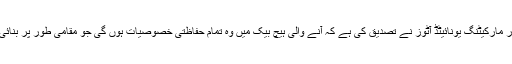
البتہ جناب افضل جنرل مینیجر سیلز اور مارکیٹنگ یونائیٹڈ آٹوز نے تصدیق کی ہے کہ آنے والی ہیچ بیک میں وہ تمام حفاظتی خصوصیات ہوں گی جو مقامی طور پر بنائی جانے والی ہیچ بیکس میں نہیں ہوتیں۔